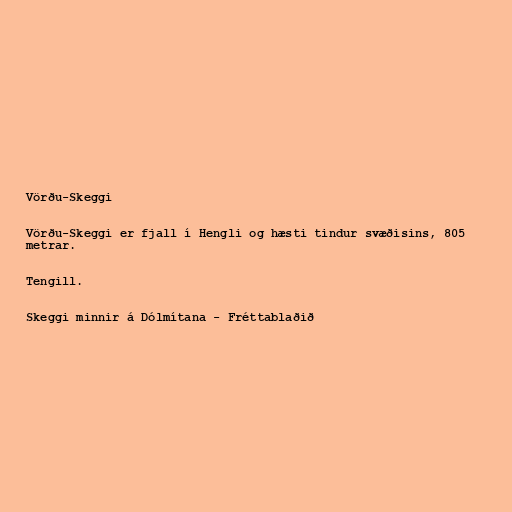
Vörðu-Skeggi

Vörðu-Skeggi er fjall í Hengli og hæsti tindur svæðisins, 805
metrar.

Tengill.

Skeggi minnir á Dólmítana - Fréttablaðið